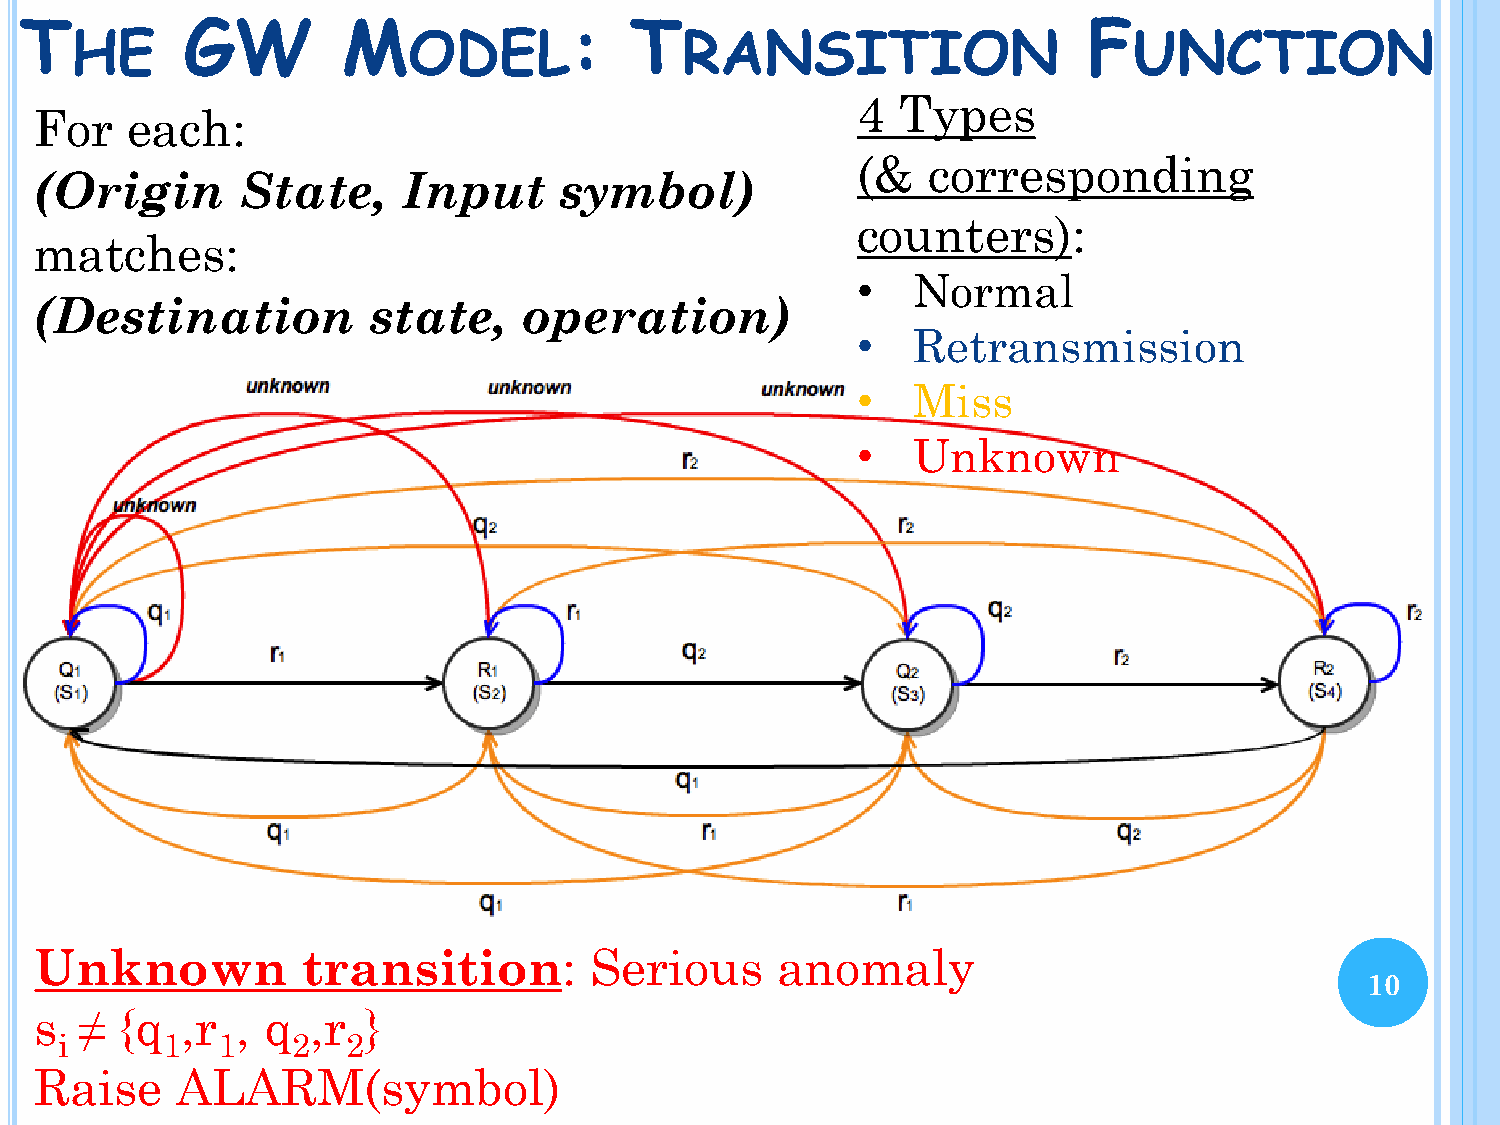
T
 HE
 GW         M   ODEL:          T
 RANSITION
 F
 UNCTION
 4  Types
 For   each:
 (&  corresponding
 (Origin       State,     Input     symbol)
 counters):
 matches:
 •  Normal
 (Destination          state,     operation)
 •  Retransmission
 •  Miss
 •  Unknown
 Unknown           transition:        Serious     anomaly
 10
 s  ≠  {q  ,r  , q  ,r }
 i      1  1    2   2
 Raise     AL1A0  RM(symbol)